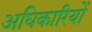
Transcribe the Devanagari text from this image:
अघिकारियों